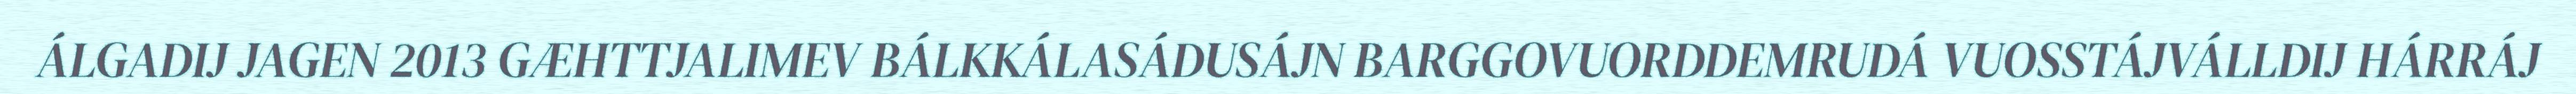
ÁLGADIJ JAGEN 2013 GÆHTTJALIMEV BÁLKKÁLASÁDUSÁJN BARGGOVUORDDEMRUDÁ VUOSSTÁJVÁLLDIJ HÁRRÁJ